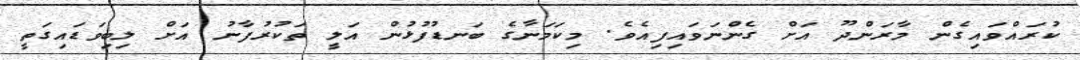
ކުރައްވައިގެން މާރަންދޫ އަށް ގެންނަވައިފިއެވެ. މިކަމަނާގެ ބަނޑުފުޅުން އަލީ ތަކުރުފާނު އަށް ލިބިވަޑައިގަތީ